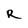
Character: R